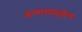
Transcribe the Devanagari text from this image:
अभ्यासामुळेच